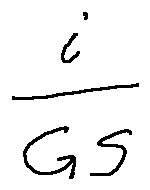
\frac { i } { G S }